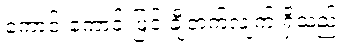
ကောင်းကောင်းဖြင့် ချီတက်လျက် ရှိသည်။